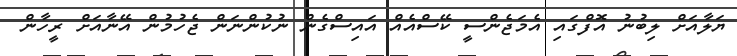
ޔަލާއަށް ލިބުނު އޮފްގައި އެމަޖެންސީ ކޭސްއެއް އައިސްގެން ނުކުންނަން ޖެހުމުން އޭނާއަށް ރީހާން